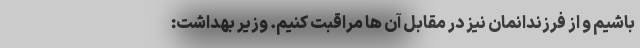
باشیم و از فرزندانمان نیز در مقابل آن ها مراقبت کنیم. وزیر بهداشت: